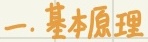
一. 基本原理